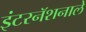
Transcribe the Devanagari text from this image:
इंटरनॅशनाले